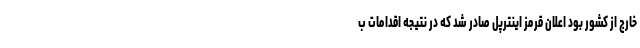
خارج از کشور بود اعلان قرمز اینترپل صادر شد که در نتیجه اقدامات ب